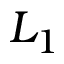
L _ { 1 }